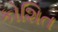
કોશિત